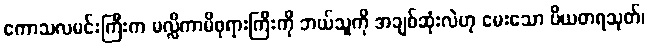
ကောသလမင်းကြီးက မလ္လိကာမိဖုရားကြီးကို ဘယ်သူကို အချစ်ဆုံးလဲဟု မေးသော ပိယတရသုတ်၊